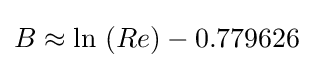
{\textstyle B\approx \mathrm {ln} \,\left(Re\right)-0.779626}